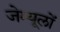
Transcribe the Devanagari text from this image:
जेम्यूलों